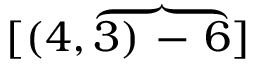
[ ( 4 , \overbrace { 3 ) \mathrm { ~ - ~ } 6 } ]